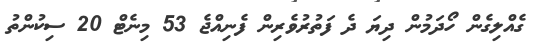
ގެއްލިގެން ހޯދަމުން ދިޔަ ދެ ފަތުރުވެރިން ފެނިއްޖެ 53 މިނެޓް 20 ސިކުންތު